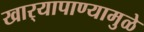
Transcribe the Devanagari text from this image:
खार्‍यापाण्यामुळे